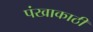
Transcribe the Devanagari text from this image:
पंखाकाठी